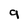
Character: 9